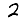
Digit: 2